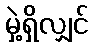
မှဲ့ရှိလျှင်